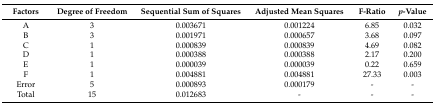
<table><thead><tr><td><b>Factors</b></td><td><b>Degree of Freedom</b></td><td><b>Sequential Sum of Squares</b></td><td><b>Adjusted Mean Squares</b></td><td><b>F-Ratio</b></td><td><b><i>p</i>-Value</b></td></tr></thead><tbody><tr><td>A</td><td>3</td><td>0.003671</td><td>0.001224</td><td>6.85</td><td>0.032</td></tr><tr><td>B</td><td>3</td><td>0.001971</td><td>0.000657</td><td>3.68</td><td>0.097</td></tr><tr><td>C</td><td>1</td><td>0.000839</td><td>0.000839</td><td>4.69</td><td>0.082</td></tr><tr><td>D</td><td>1</td><td>0.000388</td><td>0.000388</td><td>2.17</td><td>0.200</td></tr><tr><td>E</td><td>1</td><td>0.000039</td><td>0.000039</td><td>0.22</td><td>0.659</td></tr><tr><td>F</td><td>1</td><td>0.004881</td><td>0.004881</td><td>27.33</td><td>0.003</td></tr><tr><td>Error</td><td>5</td><td>0.000893</td><td>0.000179</td><td>-</td><td>-</td></tr><tr><td>Total</td><td>15</td><td>0.012683</td><td>-</td><td>-</td><td>-</td></tr></tbody></table>